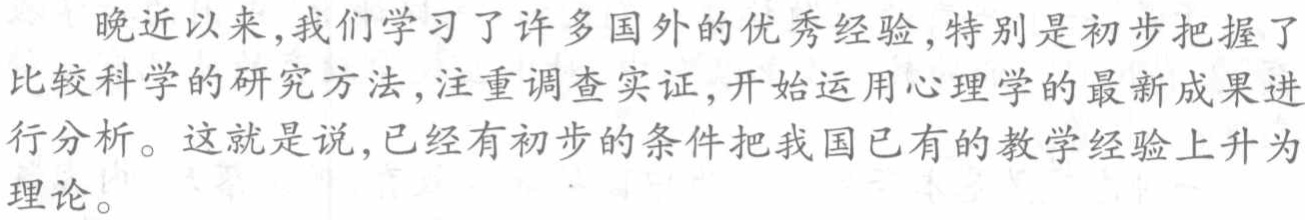
晚近以来,我们学习了许多国外的优秀经验,特别是初步把握了比较科学的研究方法,注重调查实证,开始运用心理学的最新成果进行分析。这就是说,已经有初步的条件把我国已有的教学经验上升为理论。